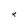
Character: k